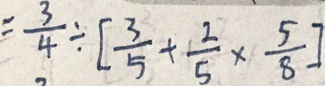
= \frac { 3 } { 4 } \div [ \frac { 3 } { 5 } + \frac { 2 } { 5 } \times \frac { 5 } { 8 } ]